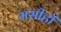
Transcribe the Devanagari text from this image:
मसीहों